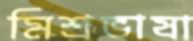
মিশ্রভাষা